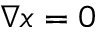
\nabla x = 0